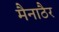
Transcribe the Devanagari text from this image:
मैनाठैर